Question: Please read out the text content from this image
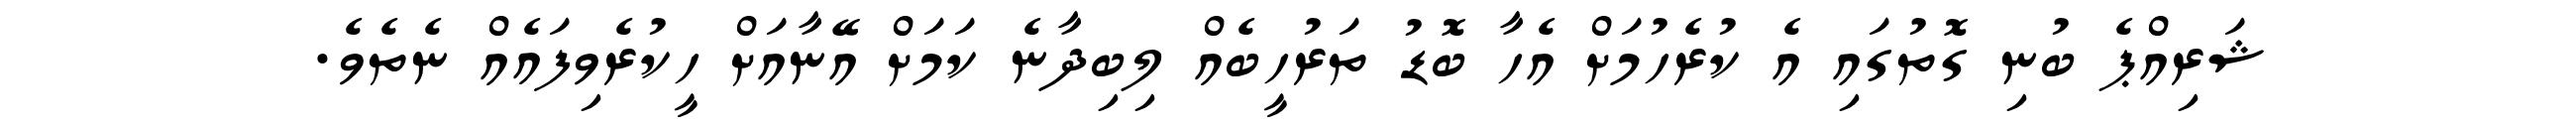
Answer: ޝަރިއްޕެ ބުނި ގޮތުގައި އެ ކުރެހުމަށް އެހާ ބޮޑު ތަރުހީބެއް ލިބިދާނެ ކަމަށް އޭނާއަށް ހީކުރެވިފައެއް ނެތެވެ.